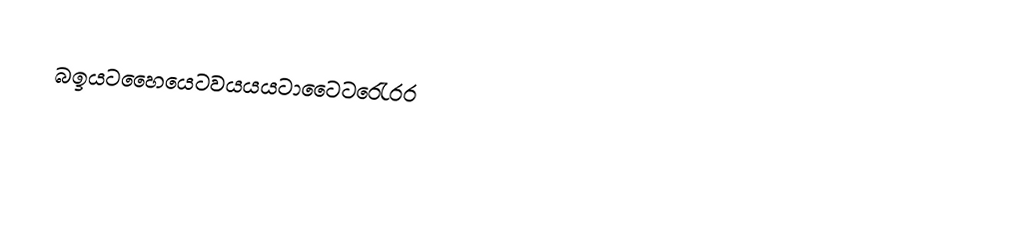
බඉයටහෛයෙටවයයයටාටෛටරෙැරර